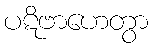
ပဋိဗာဟေတွာ